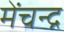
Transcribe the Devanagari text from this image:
मेंचन्द्र